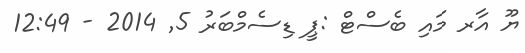
ޔޫ އާރ މައި ބެސްޓް :ޕީ ޑިސެމްބަރު 5